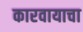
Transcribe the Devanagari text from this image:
कारवायाचा